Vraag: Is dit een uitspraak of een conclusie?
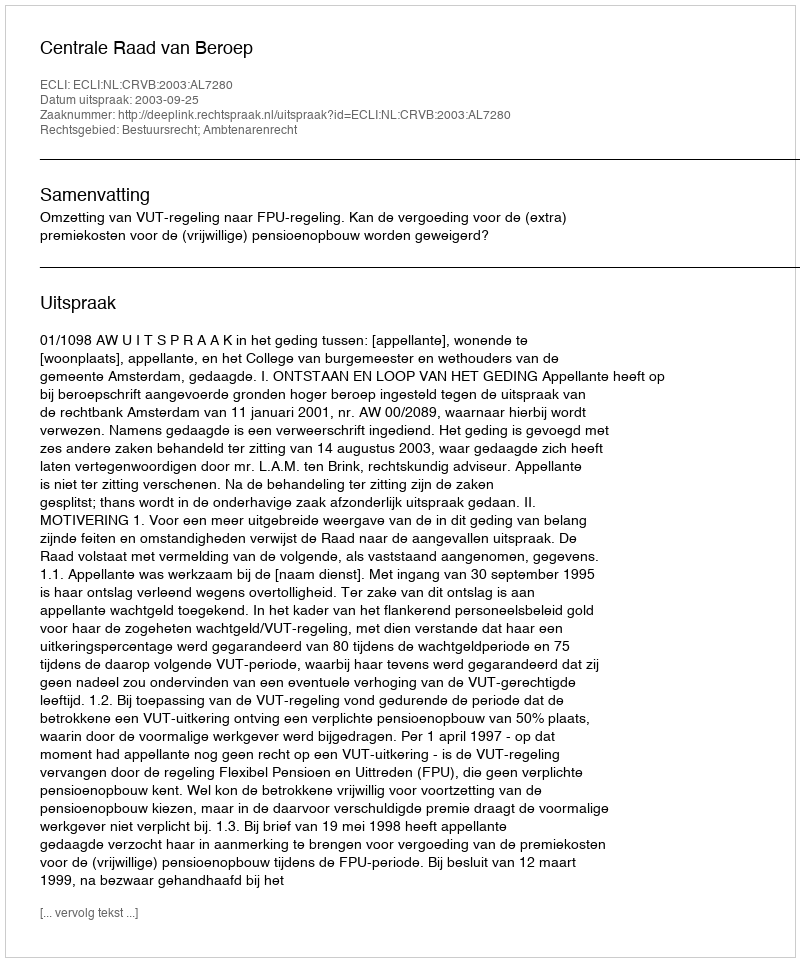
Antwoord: Uitspraak